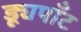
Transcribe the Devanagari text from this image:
ड्यूपाँट